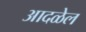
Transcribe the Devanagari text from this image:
आदळेल